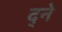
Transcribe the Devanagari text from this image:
द्ने